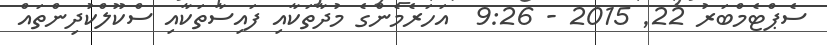
ސެޕްޓެމްބަރު 22